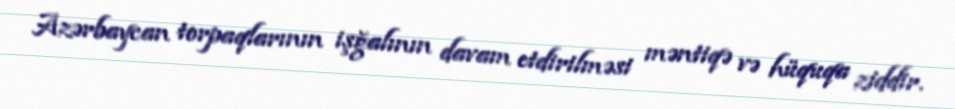
Azərbaycan torpaqlarının işğalının davam etdirilməsi məntiqə və hüquqa ziddir.